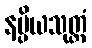
နပ္ပိယသုတ္တံ